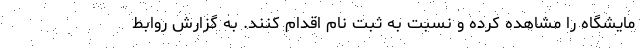
مایشگاه را مشاهده کرده و نسبت به ثبت ‌نام اقدام کنند. به گزارش روابط